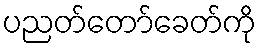
ပညတ်တော်ခေတ်ကို